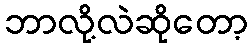
ဘာလို့လဲဆိုတော့